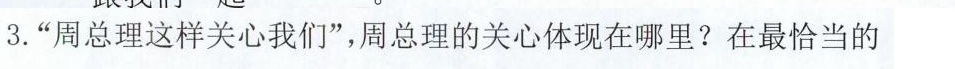
3.”周总理这样关心我们”，周总理的关心体现在哪里?在最恰当的